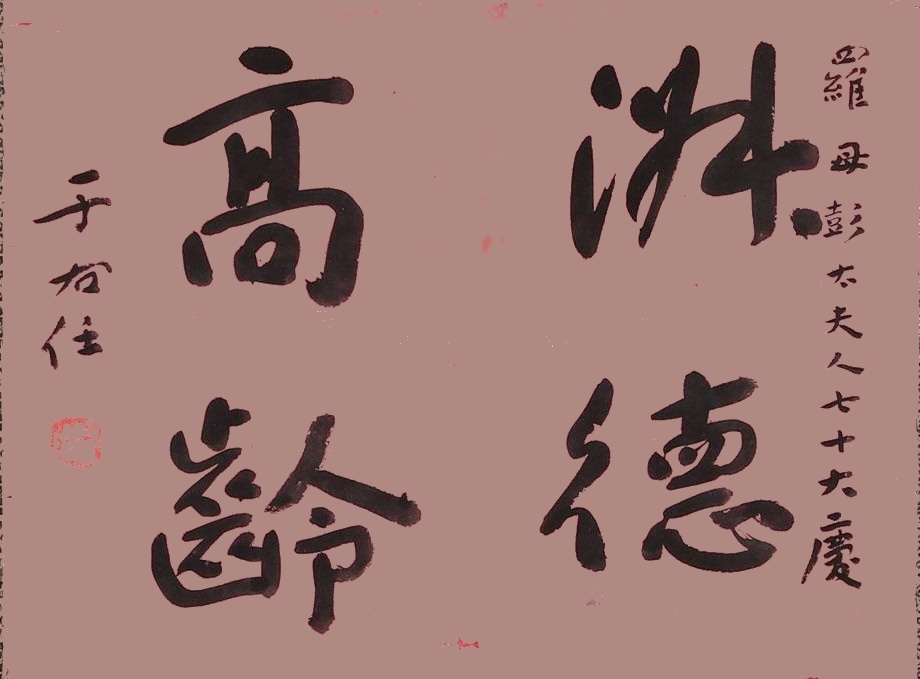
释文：淑德高龄罗母彭太夫人七十大庆，于右任。